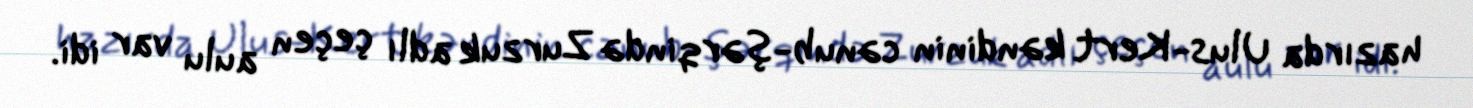
hazırda Ulus-Kert kəndinin cənub-şərqində Zurzuk adlı çeçen aulu var idi.